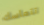
تتماسك